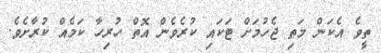
ތީވެ އެކަން މަތި ޖެހުމަށް ޓަކައި ކުރެވެން އޮތް ހުރިހާ ކަމެެއް ކުރާށެވެ.